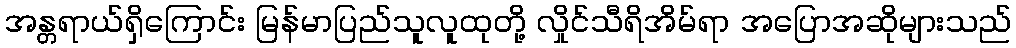
အန္တရာယ်ရှိကြောင်း မြန်မာပြည်သူလူထုတို့ လှိုင်သီရိအိမ်ရာ အပြောအဆိုများသည်